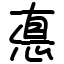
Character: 悳